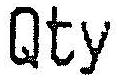
QTY